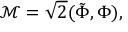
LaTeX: \mathcal { M } = \sqrt { 2 } ( \tilde { \Phi } , \Phi ) ,